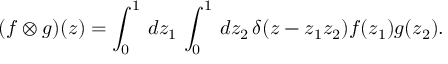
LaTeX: ( f \otimes g ) ( z ) = \int _ { 0 } ^ { 1 } \, d z _ { 1 } \, \int _ { 0 } ^ { 1 } \, d z _ { 2 } \, \delta ( z - z _ { 1 } z _ { 2 } ) f ( z _ { 1 } ) g ( z _ { 2 } ) .